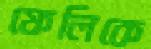
ফেলিকে